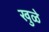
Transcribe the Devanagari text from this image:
खुळे